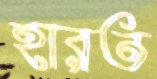
হারত